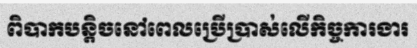
ពិបាកបន្តិចនៅពេលប្រើប្រាស់លើកិច្ចការងារ